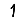
Digit: 1